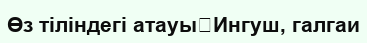
Өз тіліндегі атауы	Ингуш, галгаи